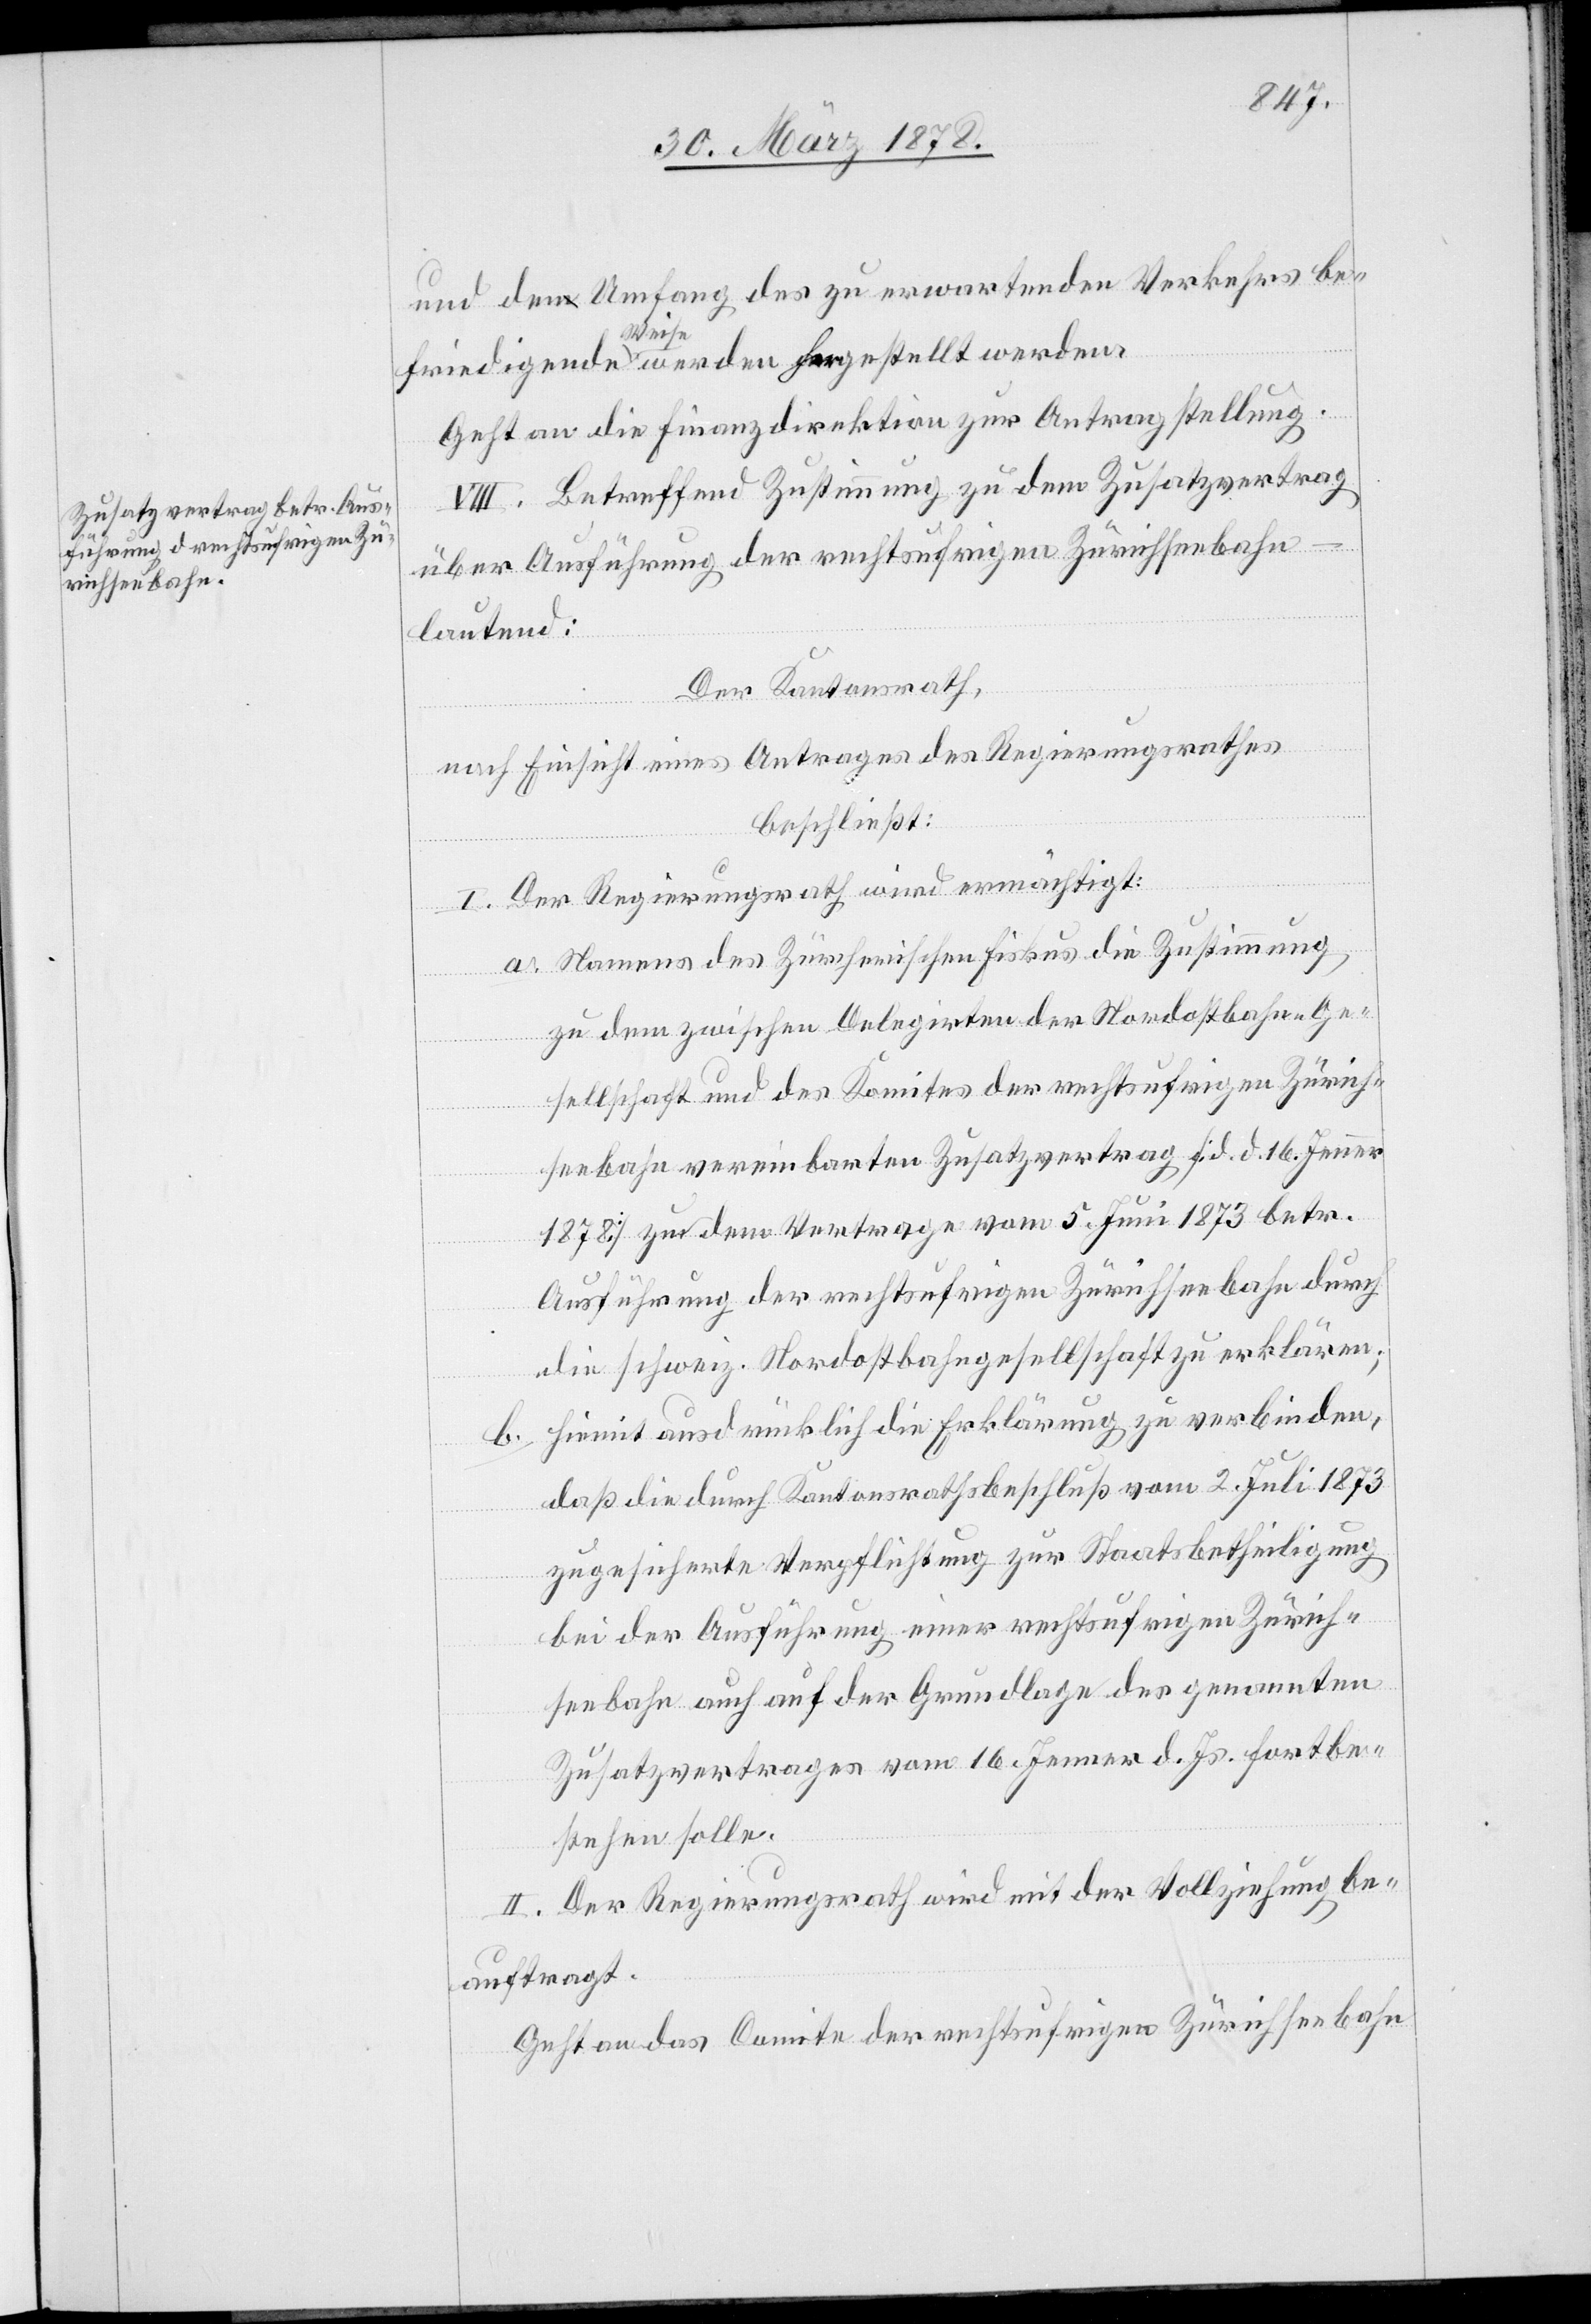
und den Umfang des zu erwartenden Verkehrs be¬
friedigende Weise werden hergestellt werden.
Geht an die Finanzdirektion zur Antragstellung.
VIII. Betreffend Zustimmung zu dem Zusatzvertrag
über Ausführung der rechtsufrigen Zürichseebahn
lautend:
Der Kantonsrath,
nach Einsicht eines Antrages des Regierungsrathes
beschließt:
I. Der Regierungsrath wird ermächtigt:
a. Namens des Zürcherischen Fiskus die Zustimmung
zu dem zwischen Delegirten der Nordostbahn-Ge¬
sellschaft und des Komites der rechtsufrigen Zürich¬
seebahn vereinbarten Zusatzvertrag (d. 16. Jenner
1878) zu dem Vertrage vom 5. Juni 1873 betr.
Ausführung der rechtsufrigen Zürichseebahn durch
die schweiz. Nordostbahngesellschaft zu erklären;
Hiemit ausdrücklich die Erklärung zu verbinden,
b.
daß die durch Kantonsrathsbeschluß vom 2. Juli 1873
zugesicherte Verpflichtung zur Staatsbetheiligung
bei der Ausführung einer rechtsufrigen Zürich¬
seebahn auch auf der Grundlage des genannten
Zusatzvertrages vom 16. Jenner d. Js. fortbe¬
stehen solle.
II. Der Regierungsrath wird mit der Vollziehung be¬
auftragt.
Geht an das Comite der rechtsufrigen Zürichseebahn